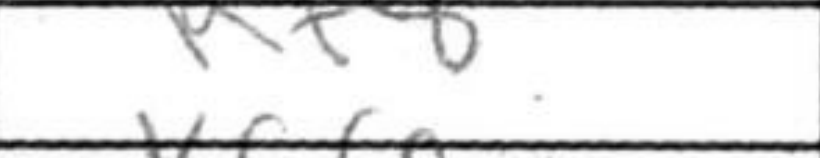
Transcription: Rf8